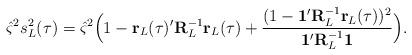
LaTeX: \begin{align*}\hat\varsigma^2s^2_L(\tau)= \hat\varsigma^2\Big(1-\mathbf r_L(\tau)'\mathbf R_L^{-1}\mathbf r_L(\tau)+\frac{(1-\mathbf 1'\mathbf R_L^{-1}\mathbf r_L(\tau))^2}{\mathbf 1'\mathbf R_L^{-1}\mathbf 1}\Big). \end{align*}